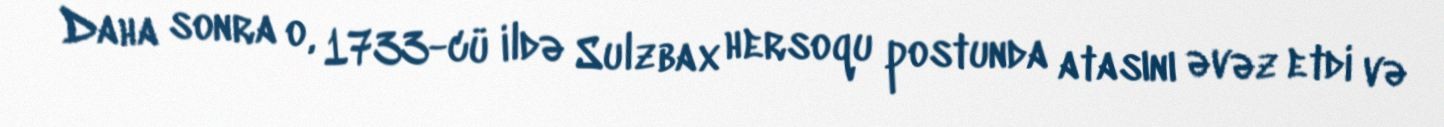
Daha sonra o, 1733-cü ildə Sulzbax hersoqu postunda atasını əvəz etdi və